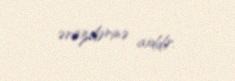
ərazilərinə aiddir.